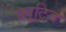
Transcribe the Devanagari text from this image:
ड्यूटिज